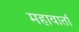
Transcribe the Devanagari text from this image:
महावार्ता